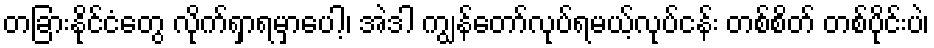
တခြားနိုင်ငံတွေ လိုက်ရှာရမှာပေါ့၊ အဲဒါ ကျွန်တော်လုပ်ရမယ့်လုပ်ငန်း တစ်စိတ် တစ်ပိုင်းပဲ၊